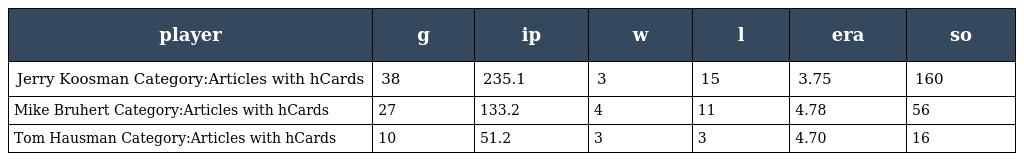
| player | g | ip | w | l | era | so |
 | --- | --- | --- | --- | --- | --- | --- |
 | Jerry Koosman Category:Articles with hCards | 38 | 235.1 | 3 | 15 | 3.75 | 160 |
 | Mike Bruhert Category:Articles with hCards | 27 | 133.2 | 4 | 11 | 4.78 | 56 |
 | Tom Hausman Category:Articles with hCards | 10 | 51.2 | 3 | 3 | 4.70 | 16 |